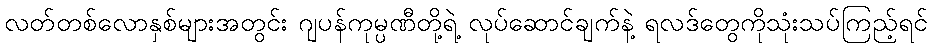
လတ်တစ်လောနှစ်များအတွင်း ဂျပန်ကုမ္ပဏီတို့ရဲ့ လုပ်ဆောင်ချက်နဲ့ ရလဒ်တွေကိုသုံးသပ်ကြည့်ရင်